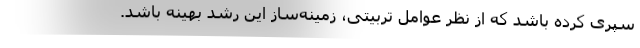
سپری کرده باشد که از نظر عوامل تربیتی، زمینه‌ساز این رشد بهینه باشد.